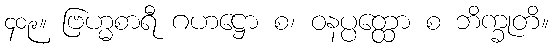
၄၀၉။ ဗြဟ္မစာရီ ဂဟဋ္ဌော စ၊ ဝနပ္ပတ္ထော စ ဘိက္ခုတိ။